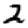
Digit: 2